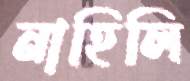
নাহিলি